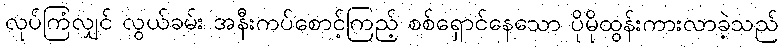
လုပ်ကြံလျှင် လွယ်ခမ်း အနီးကပ်စောင့်ကြည့် စစ်ရှောင်နေသော ပိုမိုထွန်းကားလာခဲ့သည်